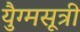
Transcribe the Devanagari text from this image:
युैग्मसूत्री